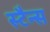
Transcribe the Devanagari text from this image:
स्टैन्स